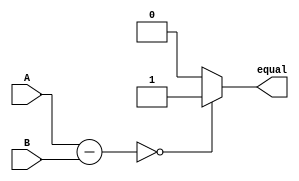
module Equality_Comparator(
    input [7:0] A,
    input [7:0] B,
    output reg equal
);

reg [8:0] difference;

always @ (A, B) begin
    difference = A - B;
    if(difference == 0) begin
        equal = 1;
    end else begin
        equal = 0;
    end
end

endmodule